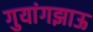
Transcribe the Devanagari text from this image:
गुयांगझाऊ